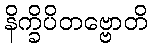
နိက္ခိပိတဗ္ဗောတိ